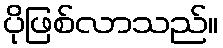
ပိုဖြစ်လာသည်။